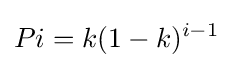
Pi=k(1-k)^{i-1}